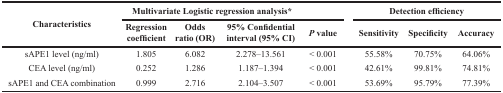
| <ROWSPAN=2> Characteristics | <COLSPAN=4> Multivariate Logistic regression analysis* | <COLSPAN=3> Detection efficiency |
 | Regression coefficient | Odds ratio (OR) | 95% Confidential interval (95% CI) | P value | Sensitivity | Specificity | Accuracy |
 | --- | --- | --- | --- | --- | --- | --- | --- |
 | sAPE1 level (ng/ml) | 1.805 | 6.082 | 2.278–13.561 | < 0.001 | 55.58% | 70.75% | 64.06% |
 | CEA level (ng/ml) | 0.252 | 1.286 | 1.187–1.394 | < 0.001 | 42.61% | 99.81% | 74.81% |
 | sAPE1 and CEA combination | 0.999 | 2.716 | 2.104–3.507 | < 0.001 | 53.69% | 95.79% | 77.39% |